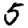
Digit: 5